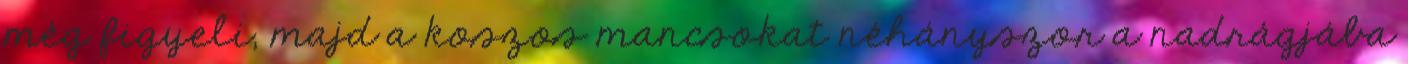
még figyeli, majd a koszos mancsokat néhányszor a nadrágjába